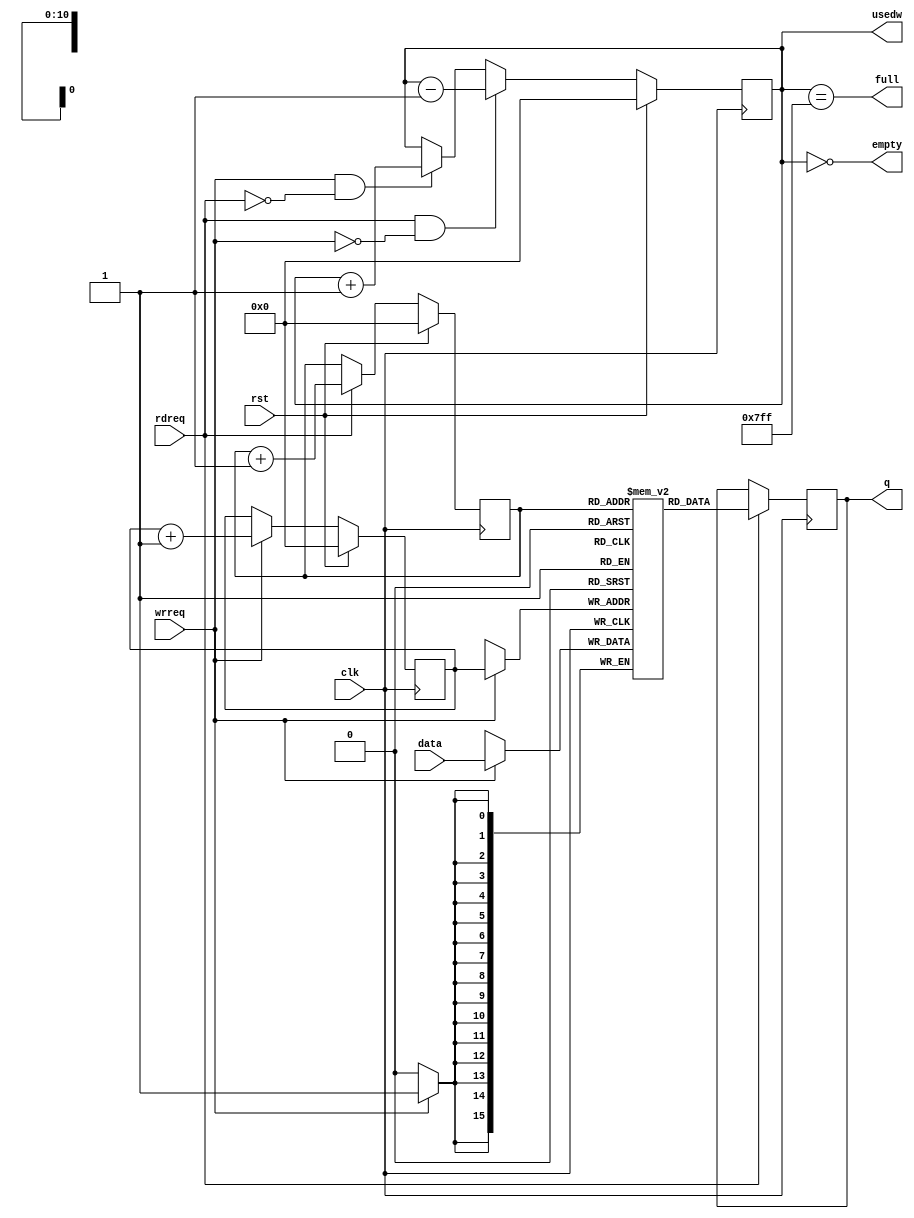
module FIFO (rst, clk, full, usedw, empty, wrreq, data, rdreq, q);

parameter SZ = 2048;
parameter WD = 16;

localparam DP= clogb2(SZ-1);

input  wire          rst;
input  wire          clk;
output wire          full;
output reg  [DP-1:0] usedw;
output wire          empty;
input  wire          wrreq;
input  wire [WD-1:0] data;
input  wire          rdreq;
output reg  [WD-1:0] q;

reg [WD-1:0] mem [0:SZ-1];
reg [DP-1:0] inptr, outptr;

assign full = (usedw == {DP{1'b1}});
assign empty = (usedw == 1'b0);

always @(posedge clk)
begin
  if (rst)
    inptr <= 1'b0;
  else if (wrreq)
    inptr <= inptr + 1'b1;

  if (rst)
    outptr <= 1'b0;
  else if (rdreq)
    outptr <= outptr + 1'b1;

  if (rst)
    usedw <= 1'b0;
  else if (rdreq & !wrreq)
    usedw <= usedw - 1'b1;
  else if (wrreq & !rdreq)
    usedw <= usedw + 1'b1;

  if (wrreq)
    mem[inptr] <= data;

  if (rdreq)
    q <= mem[outptr];
end

function integer clogb2;
input [31:0] depth;
begin
  for(clogb2=0; depth>0; clogb2=clogb2+1)
  depth = depth >> 1;
end
endfunction

endmodule